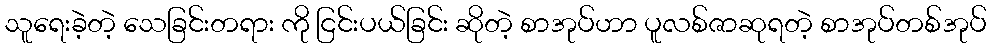
သူရေးခဲ့တဲ့ သေခြင်းတရား ကို ငြင်းပယ်ခြင်း ဆိုတဲ့ စာအုပ်ဟာ ပူလစ်ဇာဆုရတဲ့ စာအုပ်တစ်အုပ်